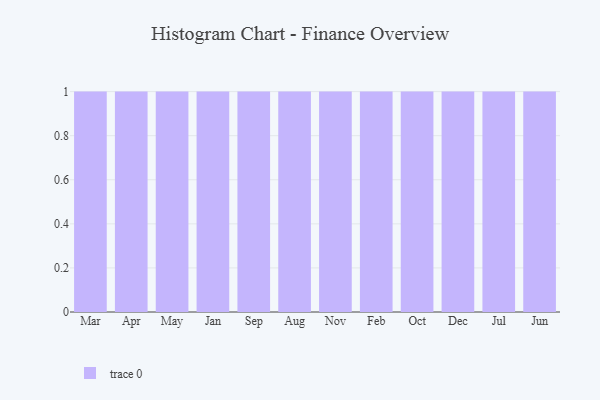
{"axis": {"x": "Month", "y": "Temperature (°C)"}, "legend": [""], "data": [{"x": "Mar", "y": 100, "type": ""}, {"x": "Apr", "y": 88, "type": ""}, {"x": "May", "y": 5, "type": ""}, {"x": "Jan", "y": 14, "type": ""}, {"x": "Sep", "y": 56, "type": ""}, {"x": "Aug", "y": 58, "type": ""}, {"x": "Nov", "y": 27, "type": ""}, {"x": "Feb", "y": 41, "type": ""}, {"x": "Oct", "y": 35, "type": ""}, {"x": "Dec", "y": 66, "type": ""}, {"x": "Jul", "y": 22, "type": ""}, {"x": "Jun", "y": 75, "type": ""}]}